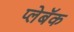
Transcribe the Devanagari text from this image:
प्लेबॅक